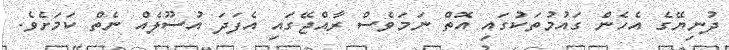
ދުނިޔޭގެ އެހެން ގައުމުތަކުގައި އޮތް ނަމަވެސް ރާއްޖޭގައި އެފަދަ އުސޫލެއް ނެތް ކަމަށެވެ.